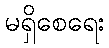
မရှိစေရေး